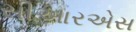
સીઆરએસ